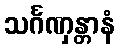
သင်္ဂဏှန္တာနံ